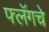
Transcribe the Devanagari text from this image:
फ्लॅगचे